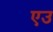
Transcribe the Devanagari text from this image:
एउ